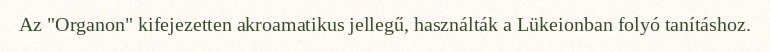
Az "Organon" kifejezetten akroamatikus jellegű, használták a Lükeionban folyó tanításhoz.